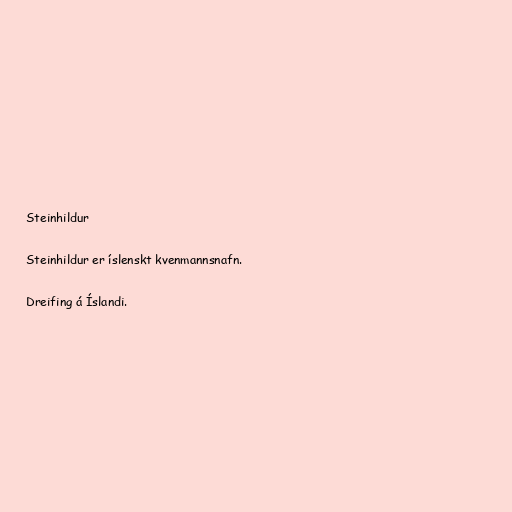
Steinhildur

Steinhildur er íslenskt kvenmannsnafn.

Dreifing á Íslandi.